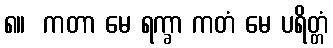
၈။  ကတာ မေ ရက္ခာ ကတံ မေ ပရိတ္တံ